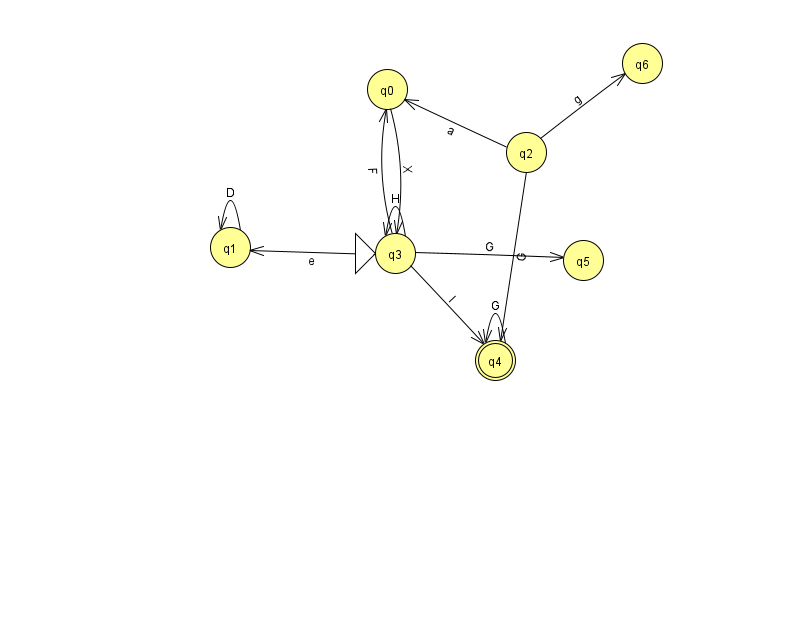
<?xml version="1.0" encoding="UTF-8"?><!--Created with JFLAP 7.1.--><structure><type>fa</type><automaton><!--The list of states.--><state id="0" name="q0"><x>387.0</x><y>76.0</y></state><state id="1" name="q1"><x>230.0</x><y>234.0</y></state><state id="2" name="q2"><x>526.0</x><y>139.0</y></state><state id="3" name="q3"><x>395.0</x><y>240.0</y><initial/></state><state id="4" name="q4"><x>495.0</x><y>347.0</y><final/></state><state id="5" name="q5"><x>583.0</x><y>247.0</y></state><state id="6" name="q6"><x>642.0</x><y>50.0</y></state><!--The list of transitions.--><transition><from>1</from><to>1</to><read>D</read></transition><transition><from>3</from><to>0</to><read>F</read></transition><transition><from>4</from><to>4</to><read>G</read></transition><transition><from>3</from><to>3</to><read>H</read></transition><transition><from>3</from><to>5</to><read>G</read></transition><transition><from>0</from><to>3</to><read>X</read></transition><transition><from>2</from><to>0</to><read>a</read></transition><transition><from>3</from><to>1</to><read>e</read></transition><transition><from>3</from><to>4</to><read>l</read></transition><transition><from>2</from><to>6</to><read>g</read></transition><transition><from>2</from><to>4</to><read>G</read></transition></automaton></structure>